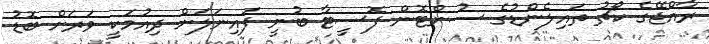
ރާއްޖޭގެ ކޯޗު ތައިލެންޑުގެ ސުންޓޮން ފޮސީޓާ ބުނީ ފައިނަލަށް ދިއުމަކީ ވަރަށް ބޮޑު